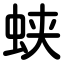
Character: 蛱